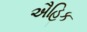
ઐહિક